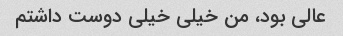
عالی بود، من خیلی خیلی دوست داشتم